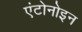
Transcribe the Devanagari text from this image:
एंटोनोइन